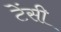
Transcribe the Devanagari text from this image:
टेंसी